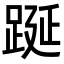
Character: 𨁆